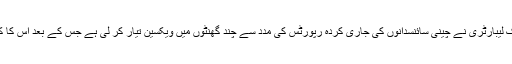
مزید بتایا گیا ہے کہ امریکہ کی ایک لیبارٹری نے چینی سائنسدانوں کی جاری کردہ رپورٹس کی مدد سے چند گھنٹوں میں ویکسین تیار کر لی ہے جس کے بعد اس کا کامیاب تجزبہ چوہوں پر ہو چکا ہے۔